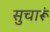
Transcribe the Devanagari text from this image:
सुचारूं